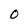
Character: 0